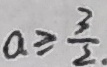
a \geq \frac { 3 } { 2 } .